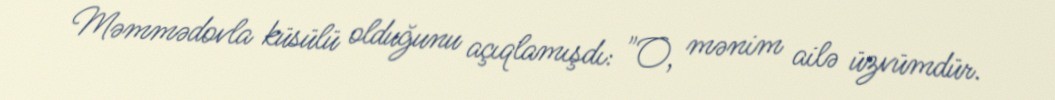
Məmmədovla küsülü olduğunu açıqlamışdı: "O, mənim ailə üzvümdür.